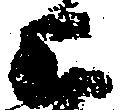
上